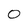
Character: 0